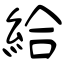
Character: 給